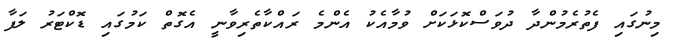
މިނުގައި ފެތުރެމުންދާ ދުވަސްކޮޅަކަށް ވުމާއެކު އެންމެ ރައްކާތެރިވާނީ އެގޮތް ކަމުގައި ޑޮކްޓަރު ލަފާ